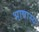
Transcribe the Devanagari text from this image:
भाषास्य